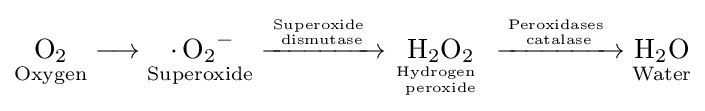
{{\underset {\mathrm {Oxygen} }{\mathrm {O} {\vphantom {A}}_{\smash[{t}]{2}}}}{}\mathrel {\longrightarrow } {}{\underset {\mathrm {Superoxide} }{\,{\cdot }\,\mathrm {O} {\vphantom {A}}_{\smash[{t}]{2}}{\vphantom {A}}^{-}}}{}\mathrel {\xrightarrow {\mathrm {Superoxide} ~ \atop \mathrm {dismutase} } } {}{\underset {\mathrm {Hydrogen} ~ \atop \mathrm {peroxide} }{\mathrm {H} {\vphantom {A}}_{\smash[{t}]{2}}\mathrm {O} {\vphantom {A}}_{\smash[{t}]{2}}}}{}\mathrel {\xrightarrow {\mathrm {Peroxidases} ~ \atop \mathrm {catalase} } } {}{\underset {\mathrm {Water} }{\mathrm {H} {\vphantom {A}}_{\smash[{t}]{2}}\mathrm {O} }}}